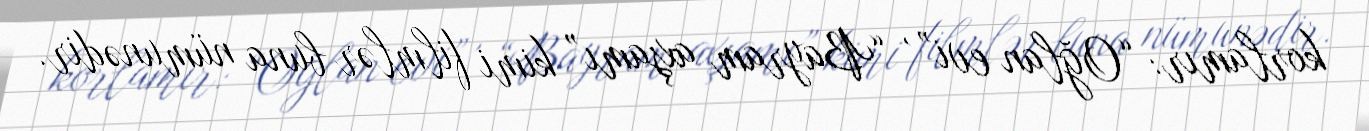
korlamır: “Oğlan evi” , “Bayram axşamı” kimi filmlər buna nümunədir.